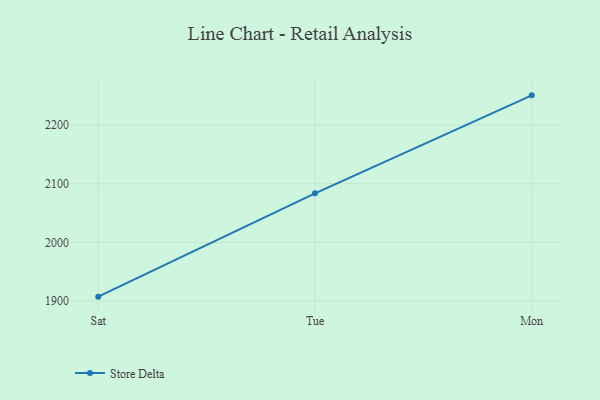
{"axis": {"x": "Day", "y": "Backlog"}, "legend": ["Store Delta"], "data": [{"x": "Sat", "y": 1907.5, "type": "Store Delta"}, {"x": "Tue", "y": 2083.8, "type": "Store Delta"}, {"x": "Mon", "y": 2250.9, "type": "Store Delta"}]}